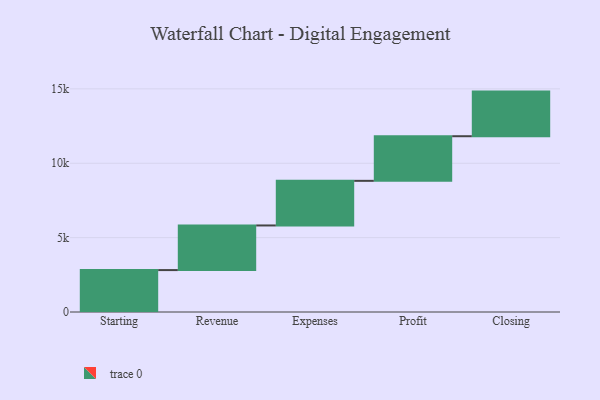
{"axis": {"x": "Step", "y": "Value"}, "legend": [""], "data": [{"x": "Starting", "y": 2818.0, "type": ""}, {"x": "Revenue", "y": 3000, "type": ""}, {"x": "Expenses", "y": 3000, "type": ""}, {"x": "Profit", "y": 3000, "type": ""}, {"x": "Closing", "y": 3000, "type": ""}]}